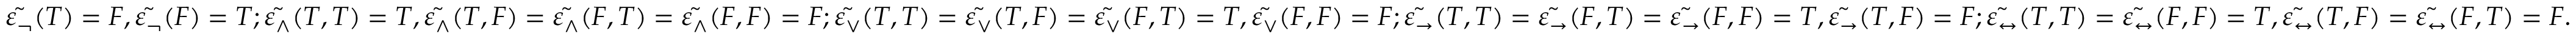
\tilde { \varepsilon _ { \neg } } ( T ) = F , \tilde { \varepsilon _ { \neg } } ( F ) = T ; \tilde { \varepsilon _ { \wedge } } ( T , T ) = T , \tilde { \varepsilon _ { \wedge } } ( T , F ) = \tilde { \varepsilon _ { \wedge } } ( F , T ) = \tilde { \varepsilon _ { \wedge } } ( F , F ) = F ; \tilde { \varepsilon _ { \vee } } ( T , T ) = \tilde { \varepsilon _ { \vee } } ( T , F ) = \tilde { \varepsilon _ { \vee } } ( F , T ) = T , \tilde { \varepsilon _ { \vee } } ( F , F ) = F ; \tilde { \varepsilon _ { \rightarrow } } ( T , T ) = \tilde { \varepsilon _ { \rightarrow } } ( F , T ) = \tilde { \varepsilon _ { \rightarrow } } ( F , F ) = T , \tilde { \varepsilon _ { \rightarrow } } ( T , F ) = F ; \tilde { \varepsilon _ { \leftrightarrow } } ( T , T ) = \tilde { \varepsilon _ { \leftrightarrow } } ( F , F ) = T , \tilde { \varepsilon _ { \leftrightarrow } } ( T , F ) = \tilde { \varepsilon _ { \leftrightarrow } } ( F , T ) = F .